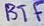
Text: BTF